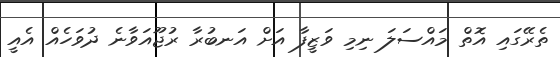
ތެރޭގައި އޮތްް މައްސަލަ ނިމި ވަޒީފާ އަށް އަނބުރާ ރުޖޫއަވާނެ ދުވަހެއް އެއީ